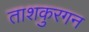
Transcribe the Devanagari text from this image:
ताशकुरगन